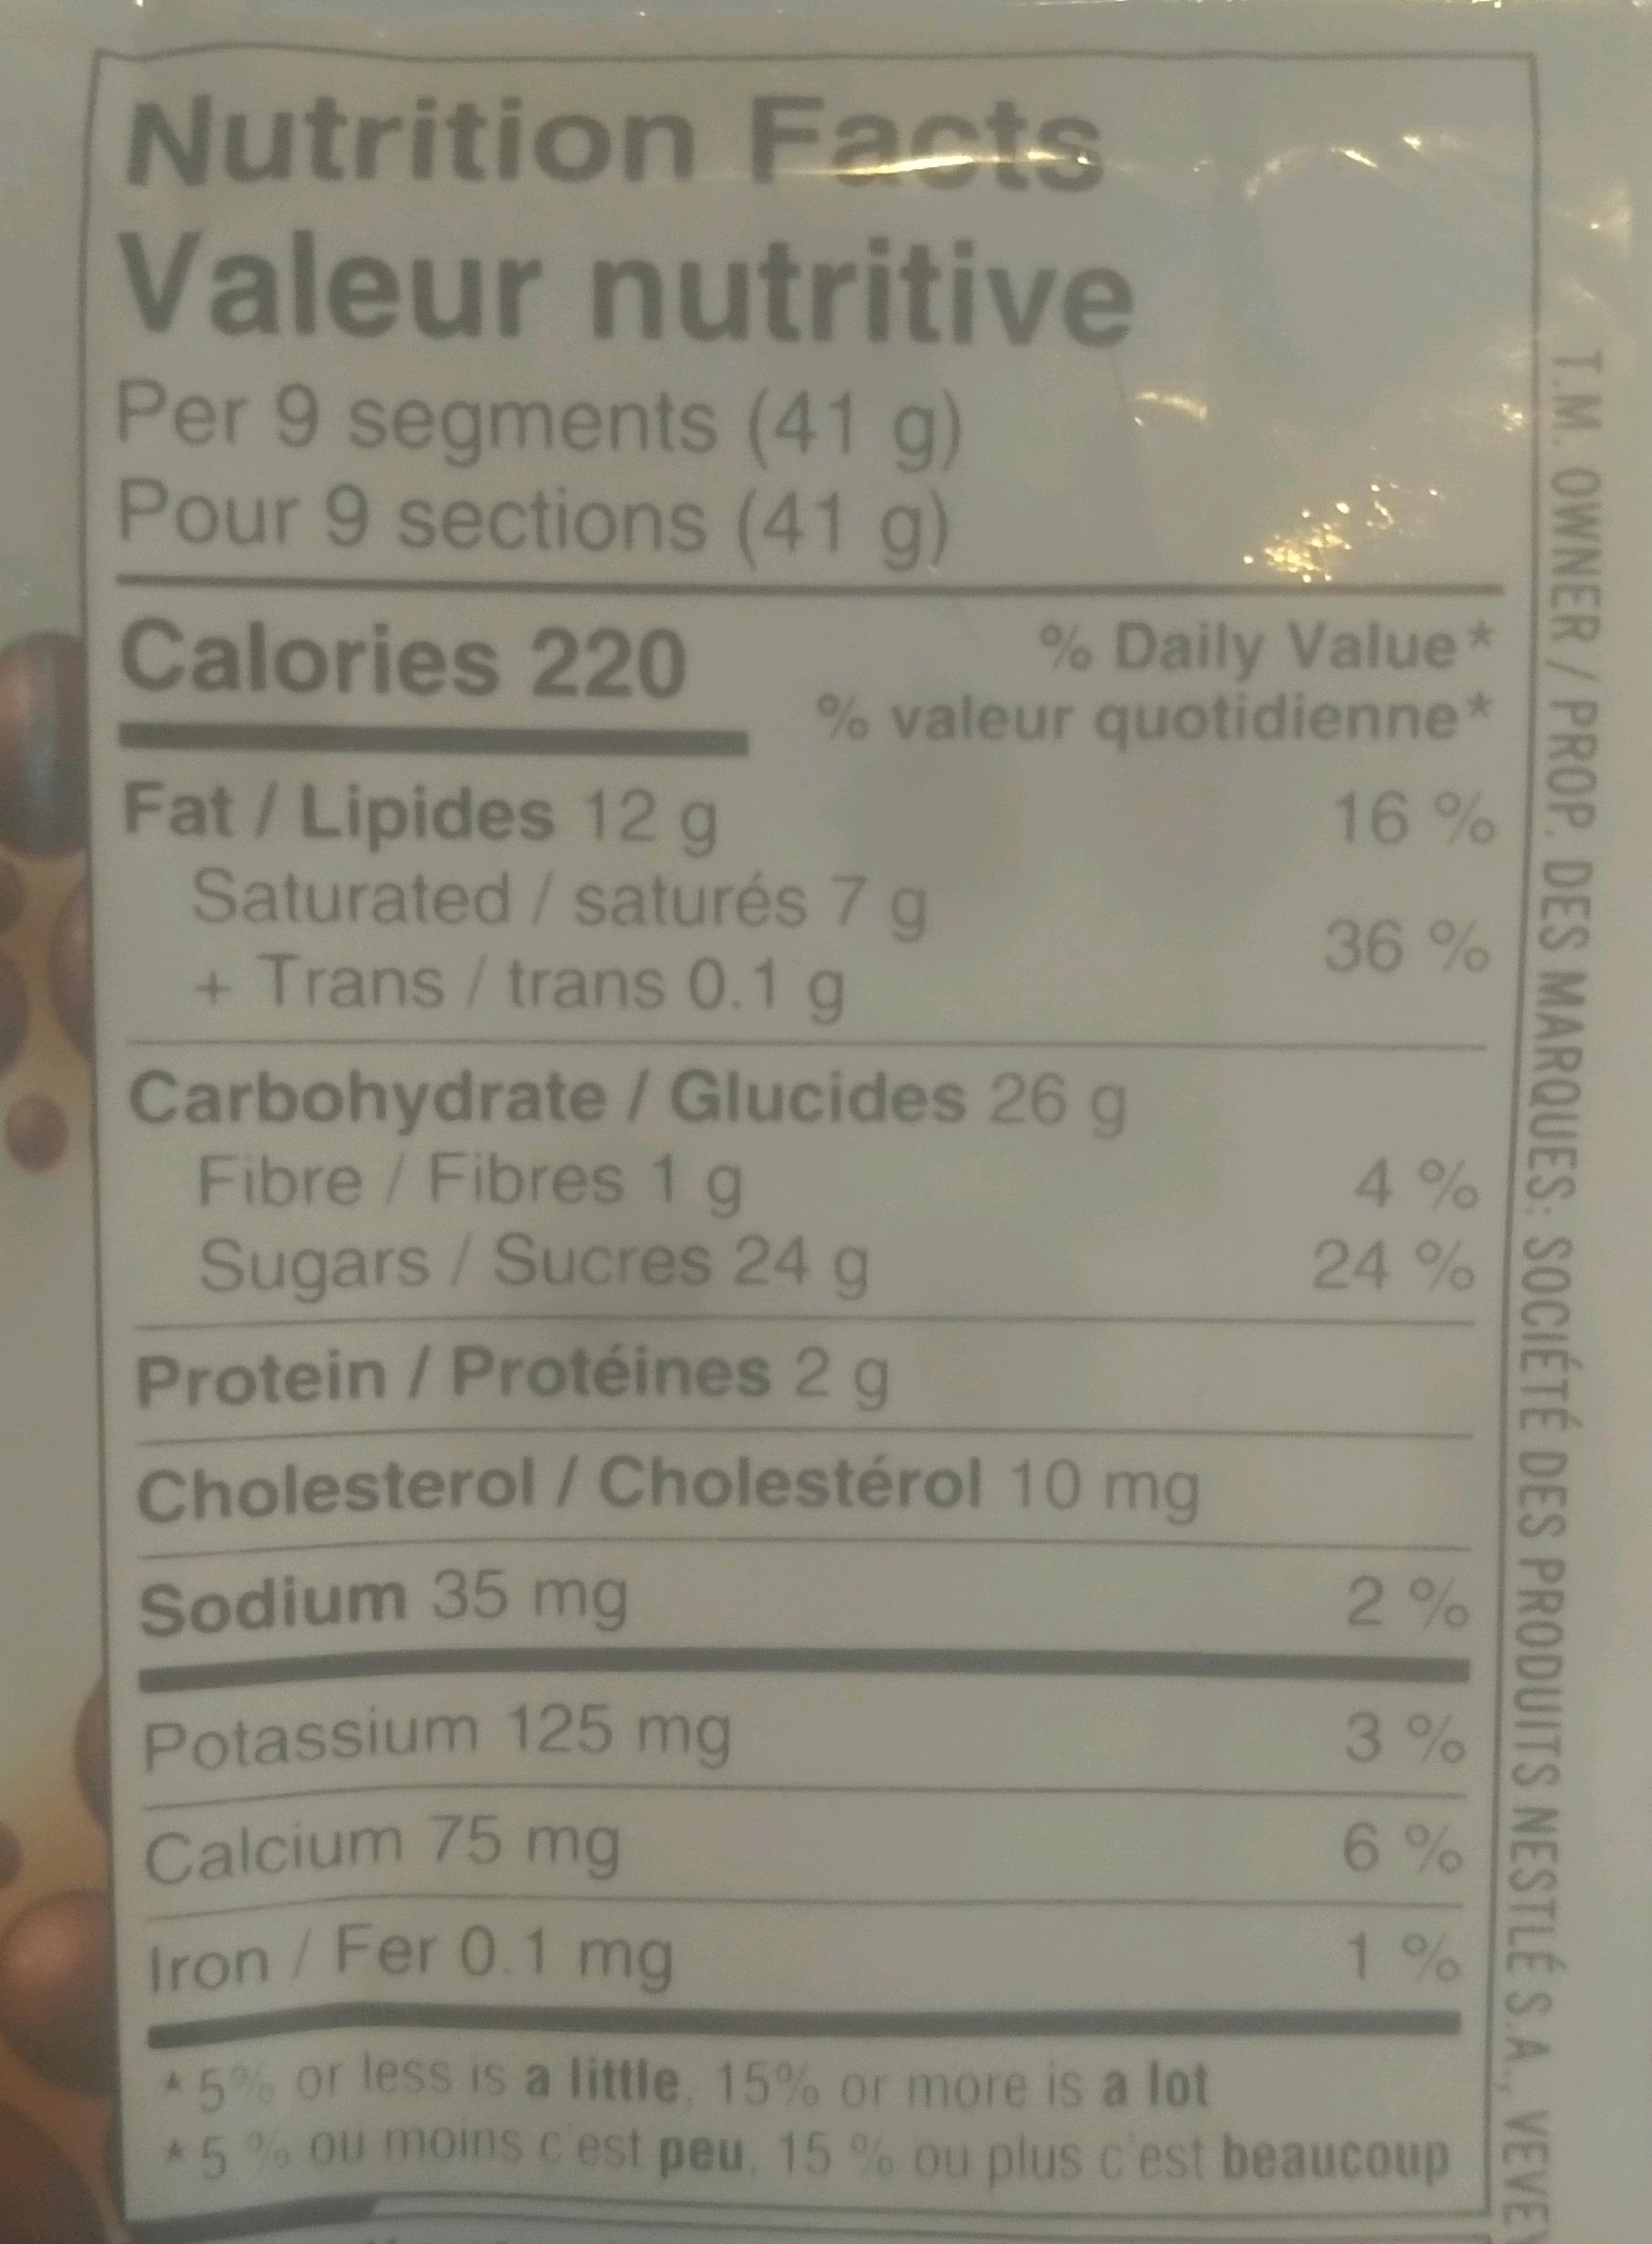
Nutrition Facts Valeur nutritive
Per 9 segments (41 g) Pour 9 sections (41 g)
Calories 220
% Daily Value* % valeur quotidienne*
Fat/Lipides 12 g Saturated/saturés 7 g + Trans / trans 0.1 g
Carbohydrate / Glucides 26 g Fibre / Fibres 1 g
Sugars / Sucres 24 g
Protein / Protéines 2 g
Cholesterol / Cholestérol 10 mg
Sodium 35 mg
Potassium 125 mg
Calcium 75 mg
Iron / Fer 0.1 mg
16%
36%
4%
24%
2%
3%
6%
1%
* 5% or less is a little, 15% or more is a lot *5 % ou moins c'est peu, 15 % ou plus c'est beaucoup
T.M. OWNER/PROP. DES MARQUES: SOCIÉTÉ DES PRODUITS NESTLÉ S.A., VEVEY